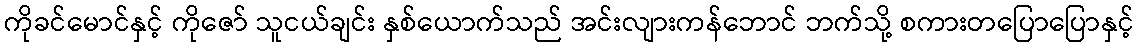
ကိုခင်မောင်နှင့် ကိုဇော် သူငယ်ချင်း နှစ်ယောက်သည် အင်းလျားကန်ဘောင် ဘက်သို့ စကားတပြောပြောနှင့်